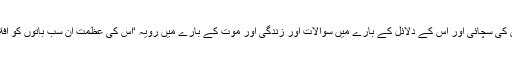
اس کی گفتگو‘اس کی سچائی اور اس کے دلائل کے بارے میں سوالات اور زندگی اور موت کے بارے میں رویہ ‘اس کی عظمت ان سب باتوں کو افلاطون دھراتا ہے۔